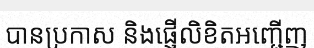
បានប្រកាស និងផ្ញើលិខិតអញ្ជើញ